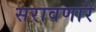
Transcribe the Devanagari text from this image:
सरावणारे